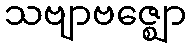
သဗျာဗဇ္ဈော